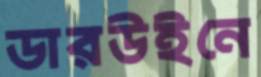
ডারউইনে